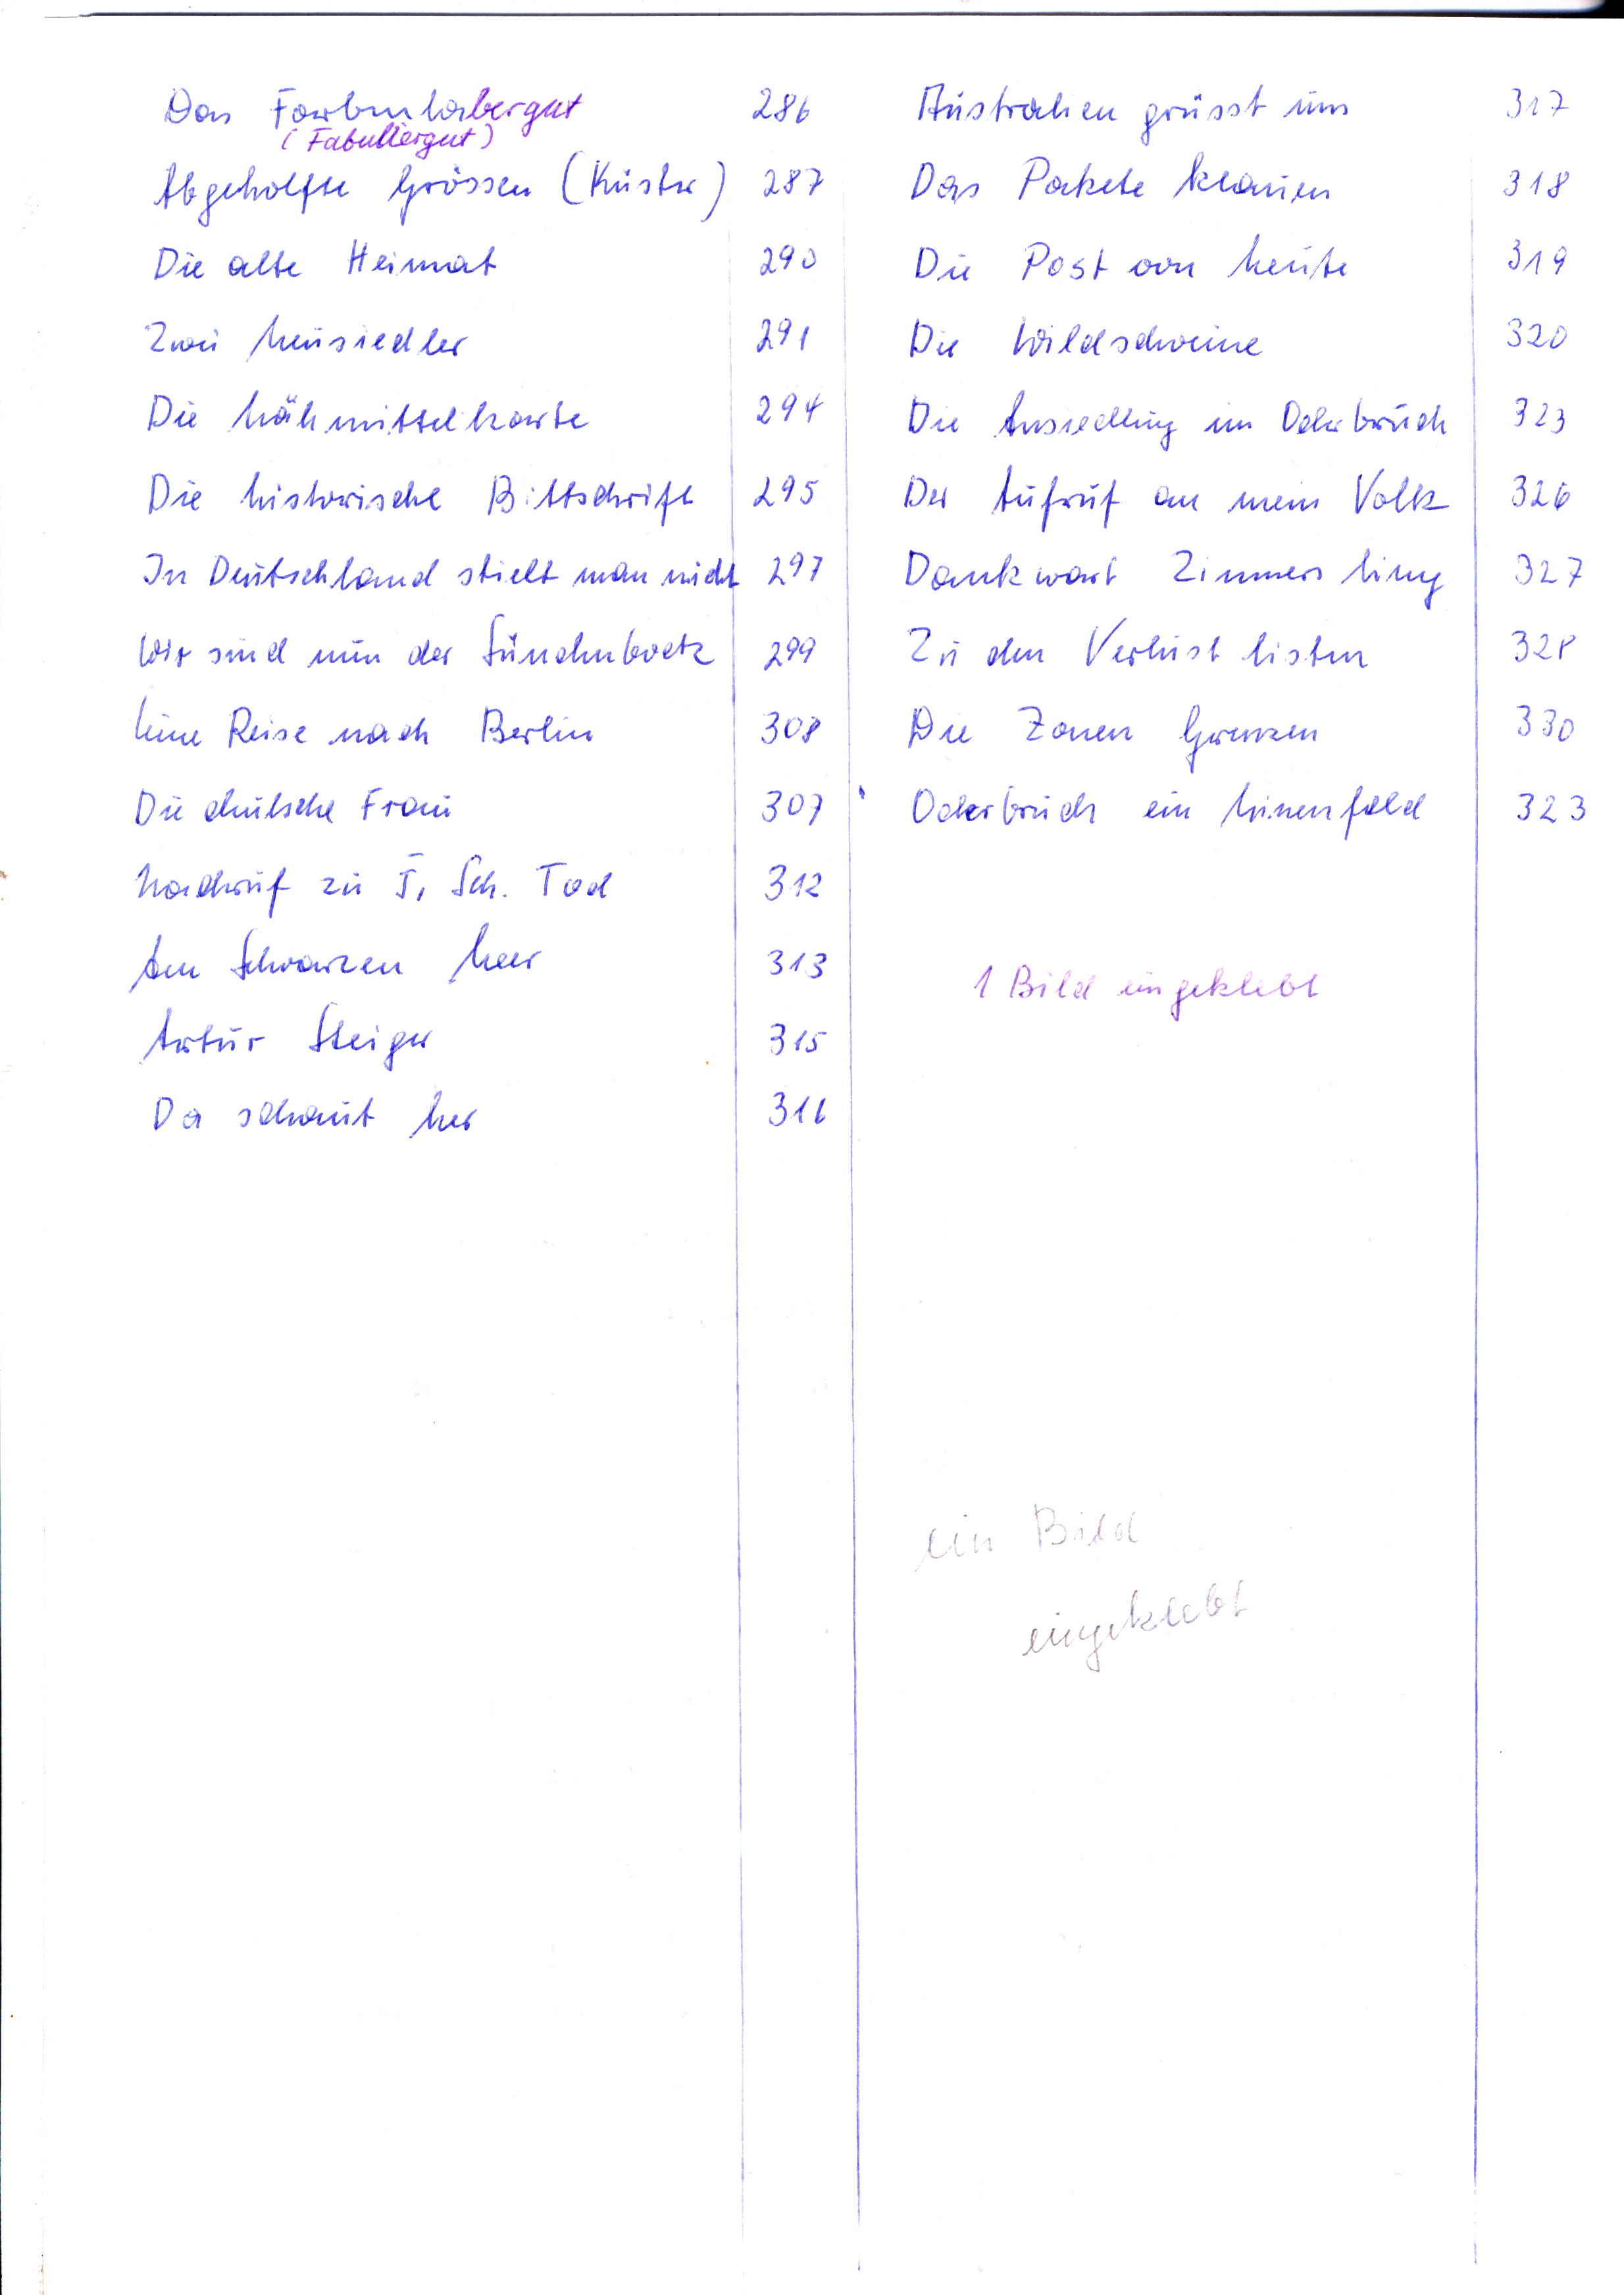
Australien grüsst uns
Das Pakete klauen
Die Post von heute
Die Wildschweine
Die Ansiedlung im Oderbruch
Der Aufruf an mein Volk
Dankwart Zimmerling
Zu den Verlust listen
Die Zonen Grenzen
Oderbruch ein Minenfeld

Das Farbenlabergut
(Fabuliergut)
Abgeholfn Grössen (Küster)
Die alte Heimat
Zwei Neusiedler
Die Nähmittelkarte
Die historische Bittschrift
In Deutschlandt stiehlt man nicht
Wir sind nun der Sündenboetz
Eine Reise nach Berlin
Die deutsche Frau
Nachruf zu F. Sch. Tod
Am Schwarzen Meer
Artur Steiger
Da schaut her

1 Bild eingeklebt